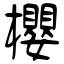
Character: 櫻